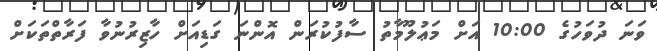
ވަނަ ދުވަހުގެ 10:00 އަށް މަޢުލޫމާތު ސާފުކުރަން އޮންނަ ގަޑިއަށް ހާޒިރުނުވާ ފަރާތްތަކަށް